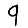
Digit: 9